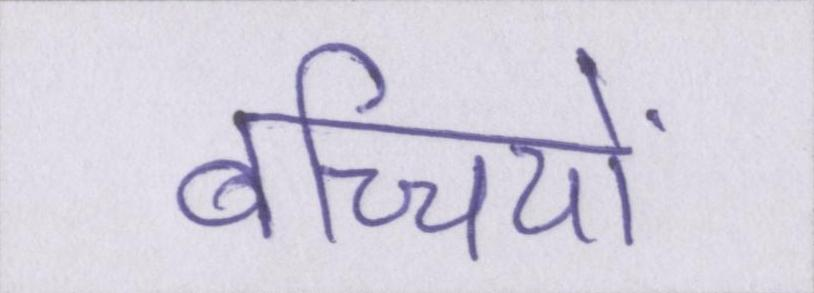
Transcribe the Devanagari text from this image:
बच्चियों